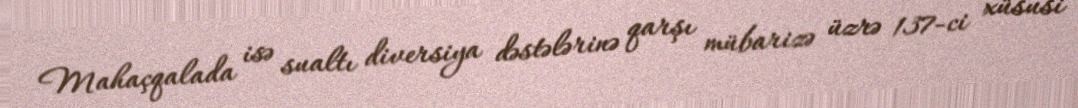
Mahaçqalada isə sualtı diversiya dəstələrinə qarşı mübarizə üzrə 137-ci xüsusi